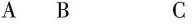
A B C